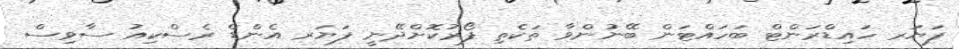
ފަޔަރ ހައިޑްރަންޓް ބަހައްޓަން ބޭނުންވާ ތަކެތި ފޯރުކޮށްދޭނީ ފަޔަރ އެންޑް ރެސްކިއު ސާވިސް